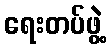
ရေးတပ်ဖွဲ့